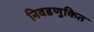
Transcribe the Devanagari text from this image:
निवडणुकित